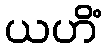
ယဟိံ